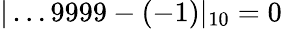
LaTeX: |\dots 9999-(-1)|_{10}=0